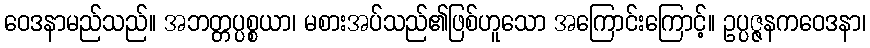
ဝေဒနာမည်သည်။ အဘတ္တပ္ပစ္စယာ၊ မစားအပ်သည်၏ဖြစ်ဟူသော အကြောင်းကြောင့်။ ဥပ္ပဇ္ဇနကဝေဒနာ၊